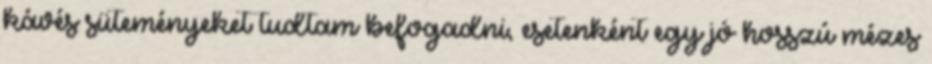
kávés süteményeket tudtam befogadni, esetenként egy jó hosszú mézes